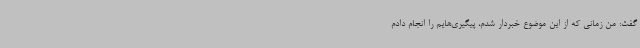
گفت: من زمانی که از این موضوع خبردار شدم، پیگیری‌هایم را انجام دادم